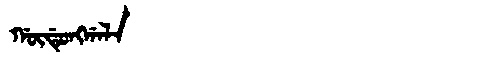
Manchu: ᡤᡡᡩᡠᠩᡤᠠᠯᠠ
Romanization: GŪDUNGGALA